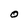
Character: O